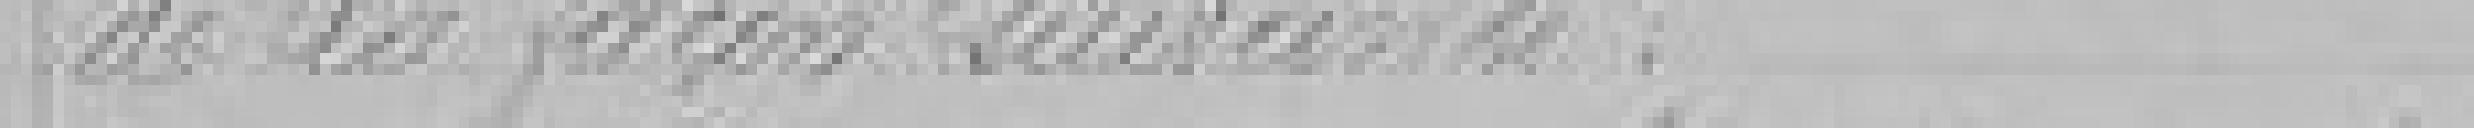
de la façon suivante